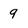
Character: 9